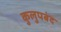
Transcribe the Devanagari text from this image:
कुलुपबंद